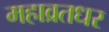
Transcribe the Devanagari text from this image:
महाव्रतधर